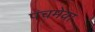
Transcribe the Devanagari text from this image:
पंचमेवा